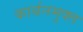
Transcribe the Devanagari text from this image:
कार्बनमुक्त